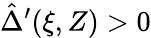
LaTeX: \hat{\Delta}^{\prime}(\xi,Z)>0